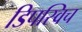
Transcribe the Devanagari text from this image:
डिपस्विच